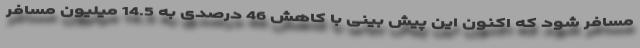
مسافر شود که اکنون این پیش بینی با کاهش 46 درصدی به 14.5 میلیون مسافر